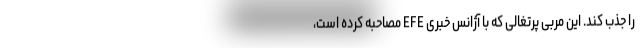
را جذب کند. این مربی پرتغالی که با آژانس خبری EFE مصاحبه کرده است،